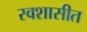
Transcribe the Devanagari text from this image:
स्वशासीत